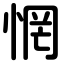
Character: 惘